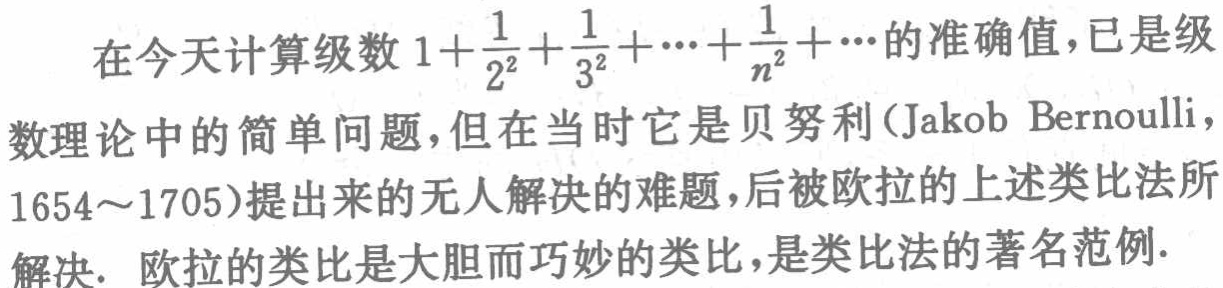
在今天计算级数 \(1+\frac{1}{2^{2}}+\frac{1}{3^{2}}+\cdots+\frac{1}{n^{2}}+\cdots\)的准确值，已是级数理论中的简单问题，但在当时它是贝努利（Jakob Bernoulli，1654～1705）提出来的无人解决的难题，后被欧拉的上述类比法所解决. 欧拉的类比是大胆而巧妙的类比，是类比法的著名范例.